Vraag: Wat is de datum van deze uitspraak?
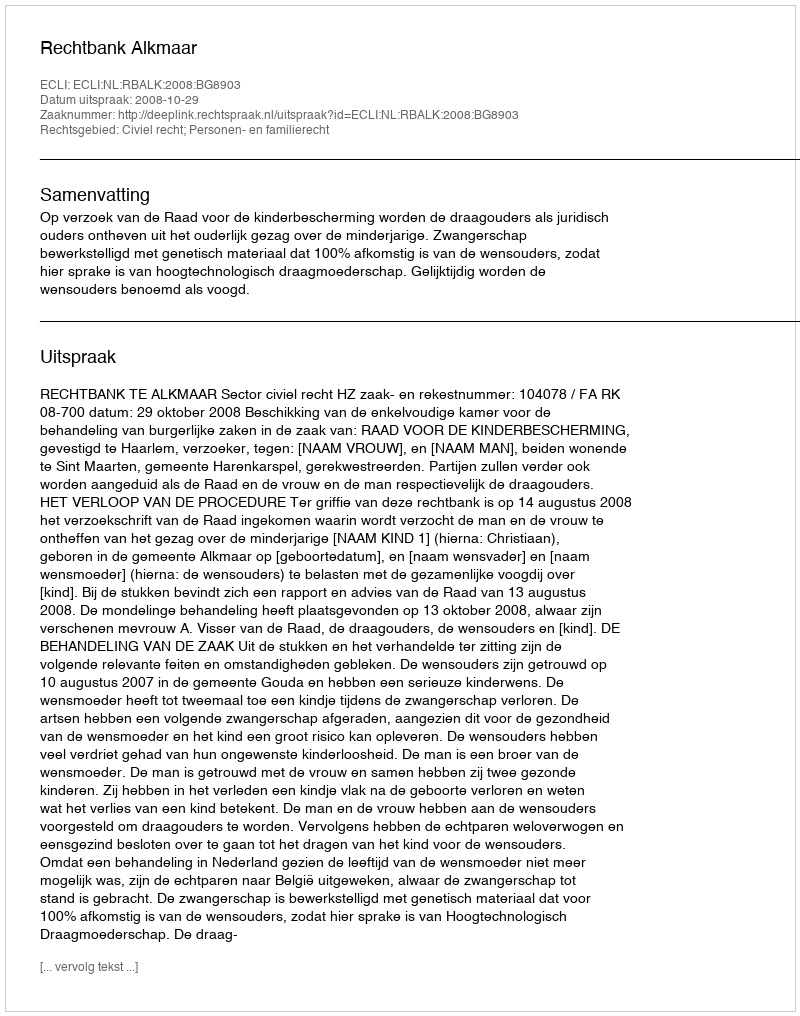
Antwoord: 2008-10-29